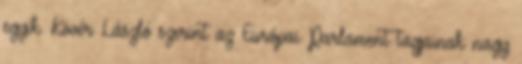
egyik. Kövér László szerint az Európai Parlament tagjainak nagy